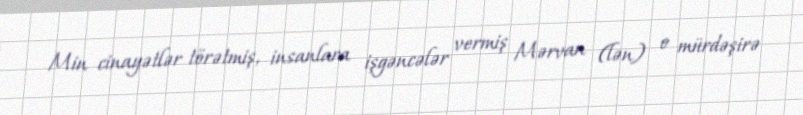
Min cinayətlər törətmiş, insanlara işgəncələr vermiş Mərvan (lən) o mürdəşirə